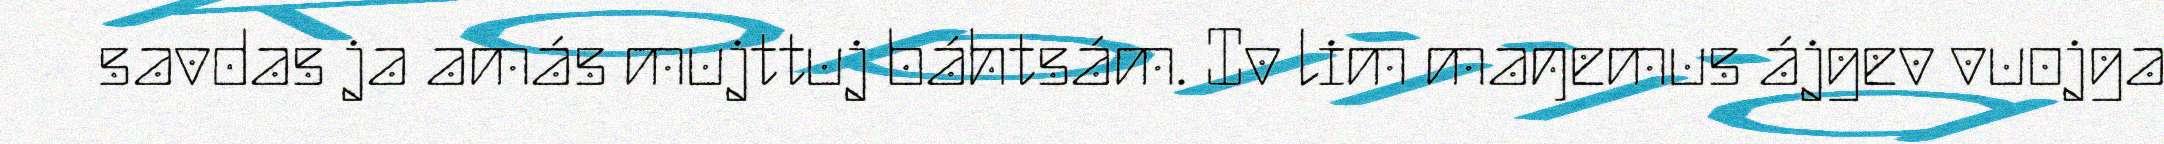
savdas ja amás mujttuj báhtsám. Iv lim maŋemus ájgev vuojga